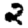
Digit: 2